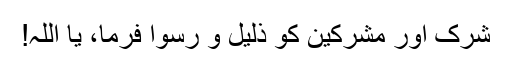
شرک اور مشرکین کو ذلیل و رسوا فرما، یا اللہ!